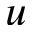
u